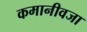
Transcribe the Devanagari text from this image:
कमानीवजा